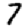
Digit: 7